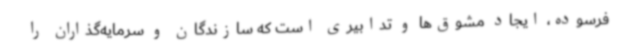
فرسوده، ایجاد مشوق‌ها و تدابیری است که سازندگان و سرمایه‌گذاران را